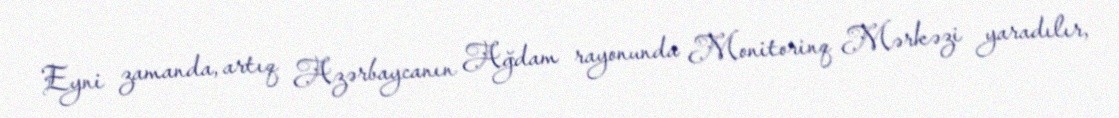
Eyni zamanda, artıq Azərbaycanın Ağdam rayonunda Monitorinq Mərkəzi yaradılır,